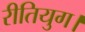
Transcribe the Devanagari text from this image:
रीतियुग।